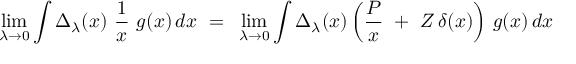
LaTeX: \operatorname * { l i m } _ { \lambda \to 0 } \int \Delta _ { \lambda } ( x ) ~ { \frac { 1 } { x } } ~ g ( x ) \, d x ~ = ~ \operatorname * { l i m } _ { \lambda \to 0 } \int \Delta _ { \lambda } ( x ) \left( { \frac { P } { x } } ~ + ~ Z \, \delta ( x ) \right) \, g ( x ) \, d x